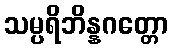
သမ္ပရိဘိန္နဂတ္တော